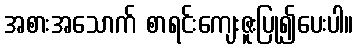
အစားအသောက် စာရင်းကျေးဇူးပြု၍ပေးပါ။